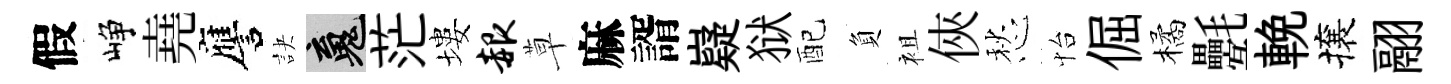
假峥堯譍訣魂茫塿赧草麻諝嶷狱配負袓俠愁怡倔橘氎輓攘翮